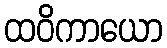
ထဝိကာယော